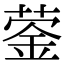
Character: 蓥